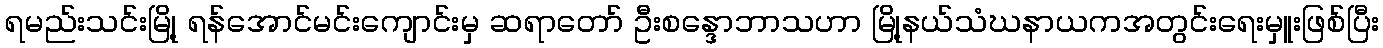
ရမည်းသင်းမြို့ ရန်အောင်မင်းကျောင်းမှ ဆရာတော် ဦးစန္ဒောဘာသဟာ မြို့နယ်သံဃနာယကအတွင်းရေးမှူးဖြစ်ပြီး